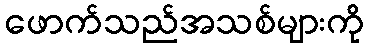
ဖောက်သည်အသစ်များကို